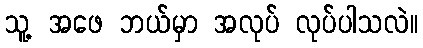
သူ့ အဖေ ဘယ်မှာ အလုပ် လုပ်ပါသလဲ။